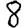
Digit: 8